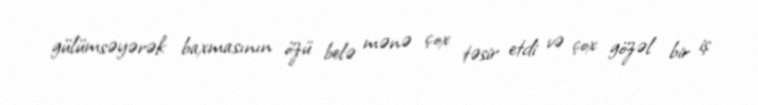
gülümsəyərək baxmasının özü belə mənə çox təsir etdi və çox gözəl bir iş